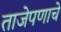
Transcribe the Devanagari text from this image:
ताजेपणाचे